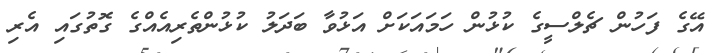
އޭގެ ފަހުން ޗެލްސީގެ ކުޅުން ހަމައަކަށް އަޅުވާ ބަދަލު ކުޅުންތެރިއެއްގެ ގޮތުގައި އެރި